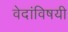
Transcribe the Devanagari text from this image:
वेदांविषयी